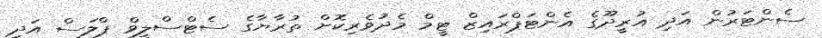
ސެންޓަރުން އަދި އުރީދޫގެ އެންޓަޕްރައިޒް ޓީމް މެދުވެރިކޮށް ތުރާޔާގެ ސެޓްސްލީވް ޕްލަސް އަދި